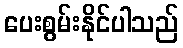
ပေးစွမ်းနိုင်ပါသည်